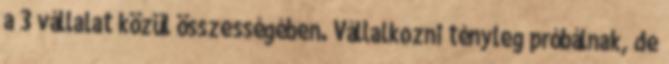
a 3 vállalat közül összességében. Vállalkozni tényleg próbálnak, de